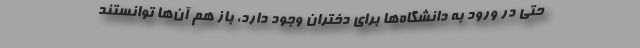
حتی در ورود به دانشگاه‌ها برای دختران وجود دارد، باز هم آن‌ها توانستند